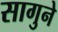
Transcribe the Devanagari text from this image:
सागुने